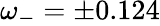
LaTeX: \omega_{-}=\pm 0.124